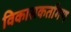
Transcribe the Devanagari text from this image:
विकासकर्तागण